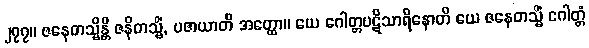
၂၇၇။ ဇနေတသ္မိန္တိ ဇနိတသ္မိံ, ပဇာယာတိ အတ္ထော။ ယေ ဂေါတ္တပဋိသာရိနောတိ ယေ ဇနေတသ္မိံ ဂေါတ္တံ